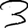
Digit: 3